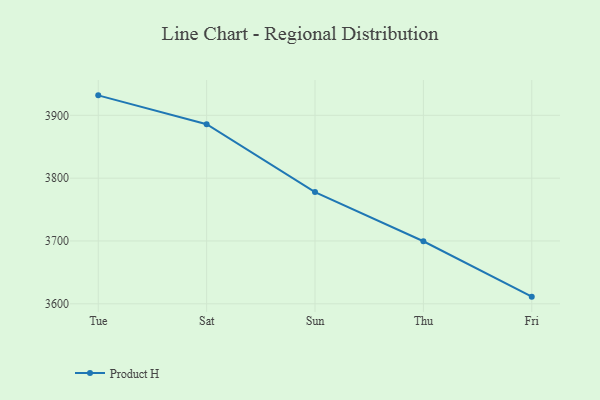
{"axis": {"x": "Day", "y": "Gross Profit (USD K)"}, "legend": ["Product H"], "data": [{"x": "Tue", "y": 3931.8, "type": "Product H"}, {"x": "Sat", "y": 3885.9, "type": "Product H"}, {"x": "Sun", "y": 3777.9, "type": "Product H"}, {"x": "Thu", "y": 3699.6, "type": "Product H"}, {"x": "Fri", "y": 3611.4, "type": "Product H"}]}